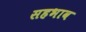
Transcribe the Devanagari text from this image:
सहभाव